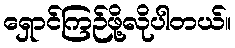
ရှောင်ကြဉ်ဖို့လိုပါတယ်။